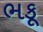
ભકૂ